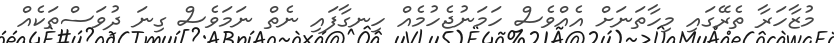
މުޒާހަރާ ތެރޭގައި މިހާތަނަށް އެއްވެސް ހަމަނުޖެހުމެއް ހިނގާފައި ނެތް ނަމަވެސް ގިނަ ދުވަސްތަކެއް